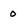
Character: 0